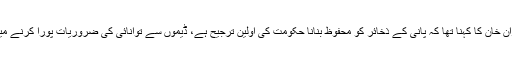
وزیراعظم عمران خان کا کہنا تھا کہ پانی کے ذخائر کو محفوظ بنانا حکومت کی اولین ترجیح ہے، ڈیموں سے توانائی کی ضروریات پورا کرنے میں مدد ملے گی۔